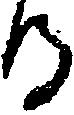
る